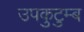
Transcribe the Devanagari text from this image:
उपकुटुम्ब